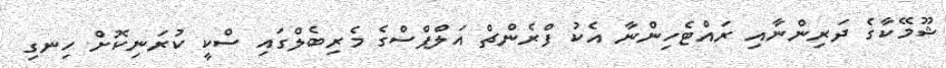
ޝޫމޭކާގެ ދަރިންނާއި ރައްޓެހިންނާ އެކު ފްރެންޗް އަލްޕްސްގެ މެރިބެލްގައި ސްކީ ކުރަނިކޮށް ހިނގި